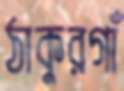
ঠাকুরগাঁ